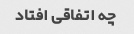
چه اتفاقی افتاد